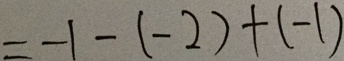
= - 1 - ( - 2 ) + ( - 1 )